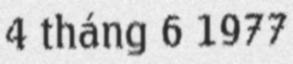
4 tháng 6 1977